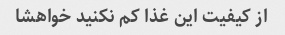
از کیفیت این غذا کم نکنید خواهشا